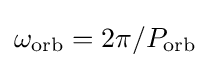
\omega _{\mathrm {orb} }=2\pi /P_{\mathrm {orb} }